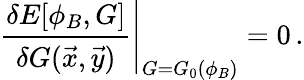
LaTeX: \left.\frac{\delta E[\phi_{B},G]}{\delta G(\vec{x},\vec{y})}\right|_{G=G_{0}(\phi_{B})}=0\, .